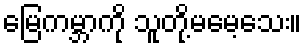
မြေကမ္ဘာကို သူတို့မမေ့သေး။